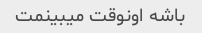
باشه اونوقت میبینمت